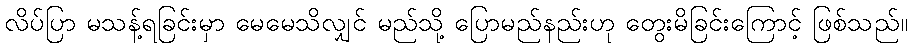
လိပ်ပြာ မသန့်ရခြင်းမှာ မေမေသိလျှင် မည်သို့ ပြောမည်နည်းဟု တွေးမိခြင်းကြောင့် ဖြစ်သည်။